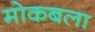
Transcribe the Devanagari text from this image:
मोकबला